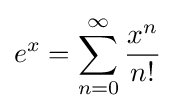
e^{x}=\sum _{n=0}^{\infty }{\frac {x^{n}}{n!}}